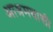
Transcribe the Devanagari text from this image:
आश्रमवासी